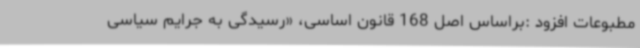
مطبوعات افزود :براساس اصل 168 قانون اساسی، «رسیدگی به جرایم سیاسی